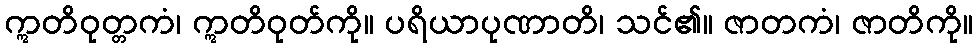
ဣတိဝုတ္တကံ၊ ဣတိဝုတ်ကို။ ပရိယာပုဏာတိ၊ သင်၏။ ဇာတကံ၊ ဇာတိကို။